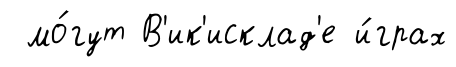
мо́гут В'ик'исклад'е и́грах